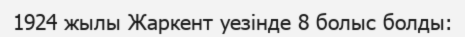
1924 жылы Жаркент уезінде 8 болыс болды: